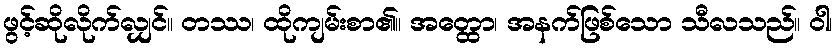
ဖွင့်ဆိုလိုက်လျှင်။ တဿ၊ ထိုကျမ်းစာ၏။ အတ္ထော၊ အနက်ဖြစ်သော သီလသည်။ ဝါ၊